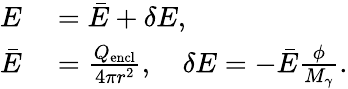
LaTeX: \begin{array}{rl}{E}&{{}=\bar{E}+\delta E,}\\ {\bar{E}}&{{}=\frac{Q_{\mathrm{encl}}}{4\pi r^{2}},\quad\delta E=-\bar{E}\frac{\phi}{M_{\gamma}}.}\end{array}